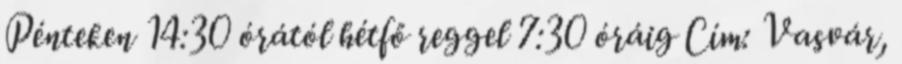
Pénteken 14:30 órától hétfő reggel 7:30 óráig Cím: Vasvár,